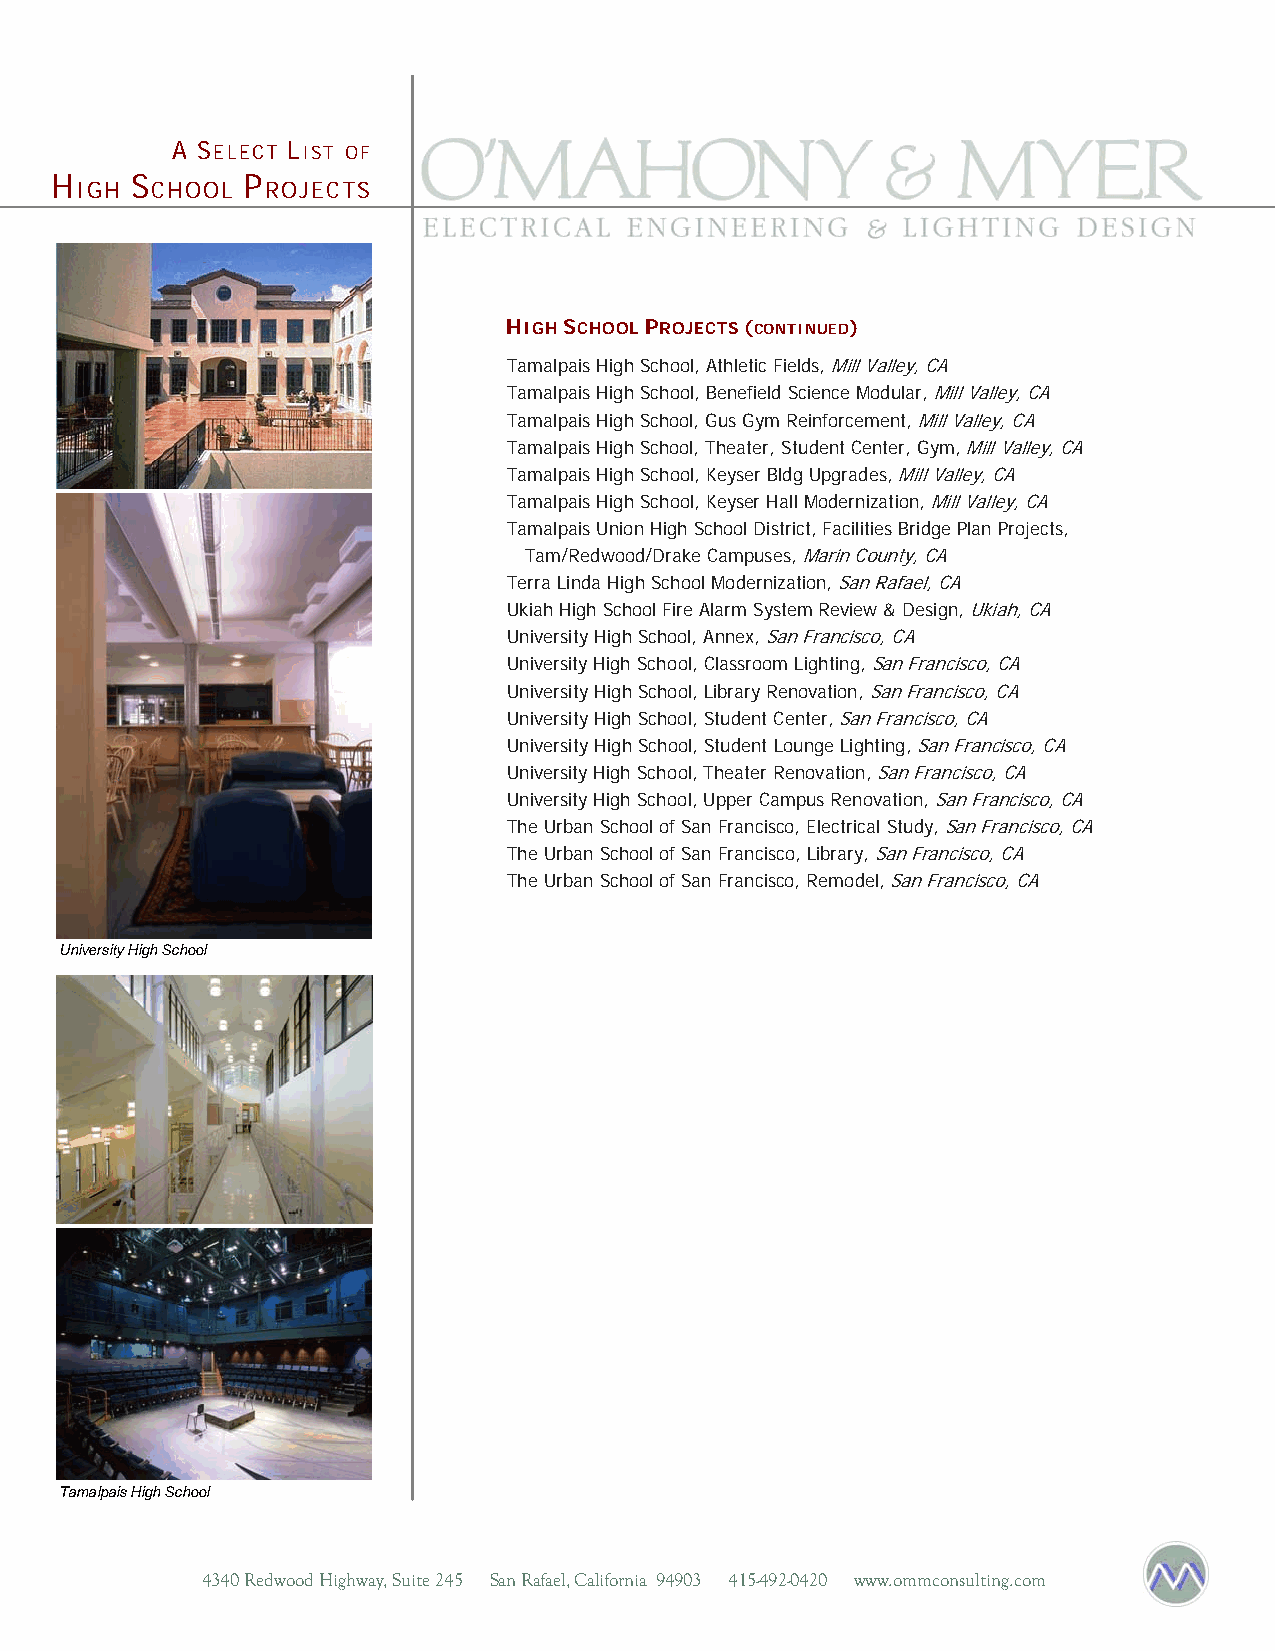
A SELECT LIST OF
 H
 IGH
 S
 CHOOL
 P
 ROJECTS
 HIGH SCHOOL PROJECTS (CONTINUED)
 Tamalpais High School, Athletic Fields, Mill Valley, CA
 Tamalpais High School, Benefield Science Modular, Mill Valley, CA
 Tamalpais High School, Gus Gym Reinforcement, Mill Valley, CA
 Tamalpais High School, Theater, Student Center, Gym, Mill Valley, CA
 Tamalpais High School, Keyser Bldg Upgrades, Mill Valley, CA
 Tamalpais High School, Keyser Hall Modernization, Mill Valley, CA
 Tamalpais Union High School District, Facilities Bridge Plan Projects,
 Tam/Redwood/Drake Campuses, Marin County, CA
 Terra Linda High School Modernization, San Rafael, CA
 Ukiah High School Fire Alarm System Review & Design, Ukiah, CA
 University High School, Annex, San Francisco, CA
 University High School, Classroom Lighting, San Francisco, CA
 University High School, Library Renovation, San Francisco, CA
 University High School, Student Center, San Francisco, CA
 University High School, Student Lounge Lighting, San Francisco, CA
 University High School, Theater Renovation, San Francisco, CA
 University High School, Upper Campus Renovation, San Francisco, CA
 The Urban School of San Francisco, Electrical Study, San Francisco, CA
 The Urban School of San Francisco, Library, San Francisco, CA
 The Urban School of San Francisco, Remodel, San Francisco, CA
 University High School
 Tamalpais High School
 4340 Redwood Highway, Suite 245 San Rafael, California 94903 415-492-0420 www.ommconsulting.com